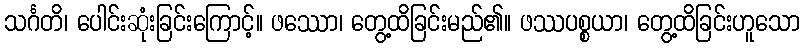
သင်္ဂတိ၊ ပေါင်းဆုံးခြင်းကြောင့်။ ဖဿော၊ တွေ့ထိခြင်းမည်၏။ ဖဿပစ္စယာ၊ တွေ့ထိခြင်းဟူသော